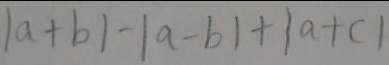
\vert a + b \vert - \vert a - b \vert + \vert a + c \vert